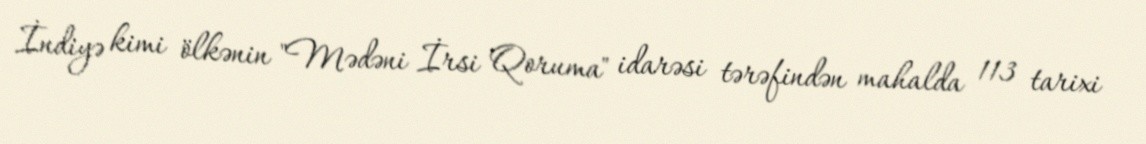
İndiyə kimi ölkənin "Mədəni İrsi Qoruma" idarəsi tərəfindən mahalda 113 tarixi